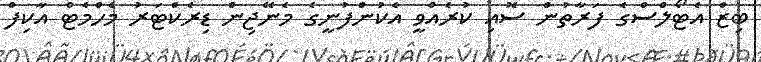
ބިޒް އެޓޯލްސްގެ ފަރާތުން ސޮއި ކުރެއްވީ އެކުންފުނީގެ މެނޭޖިން ޑިރެކްޓަރު މެހްމެޓް އާކިފް